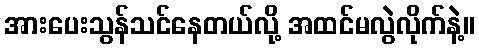
အားပေးသွန်သင်နေတယ်လို့ အထင်မလွဲလိုက်နဲ့။